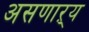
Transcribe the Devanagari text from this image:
असणाऱ्य